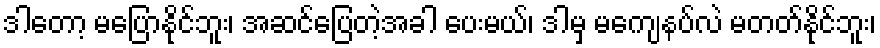
ဒါတော့ မပြောနိုင်ဘူး၊ အဆင်ပြေတဲ့အခါ ပေးမယ်၊ ဒါမှ မကျေနပ်လဲ မတတ်နိုင်ဘူး၊